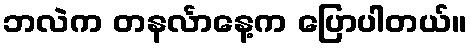
ဘလဲက တနင်္လာနေ့က ပြောပါတယ်။